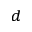
^ d